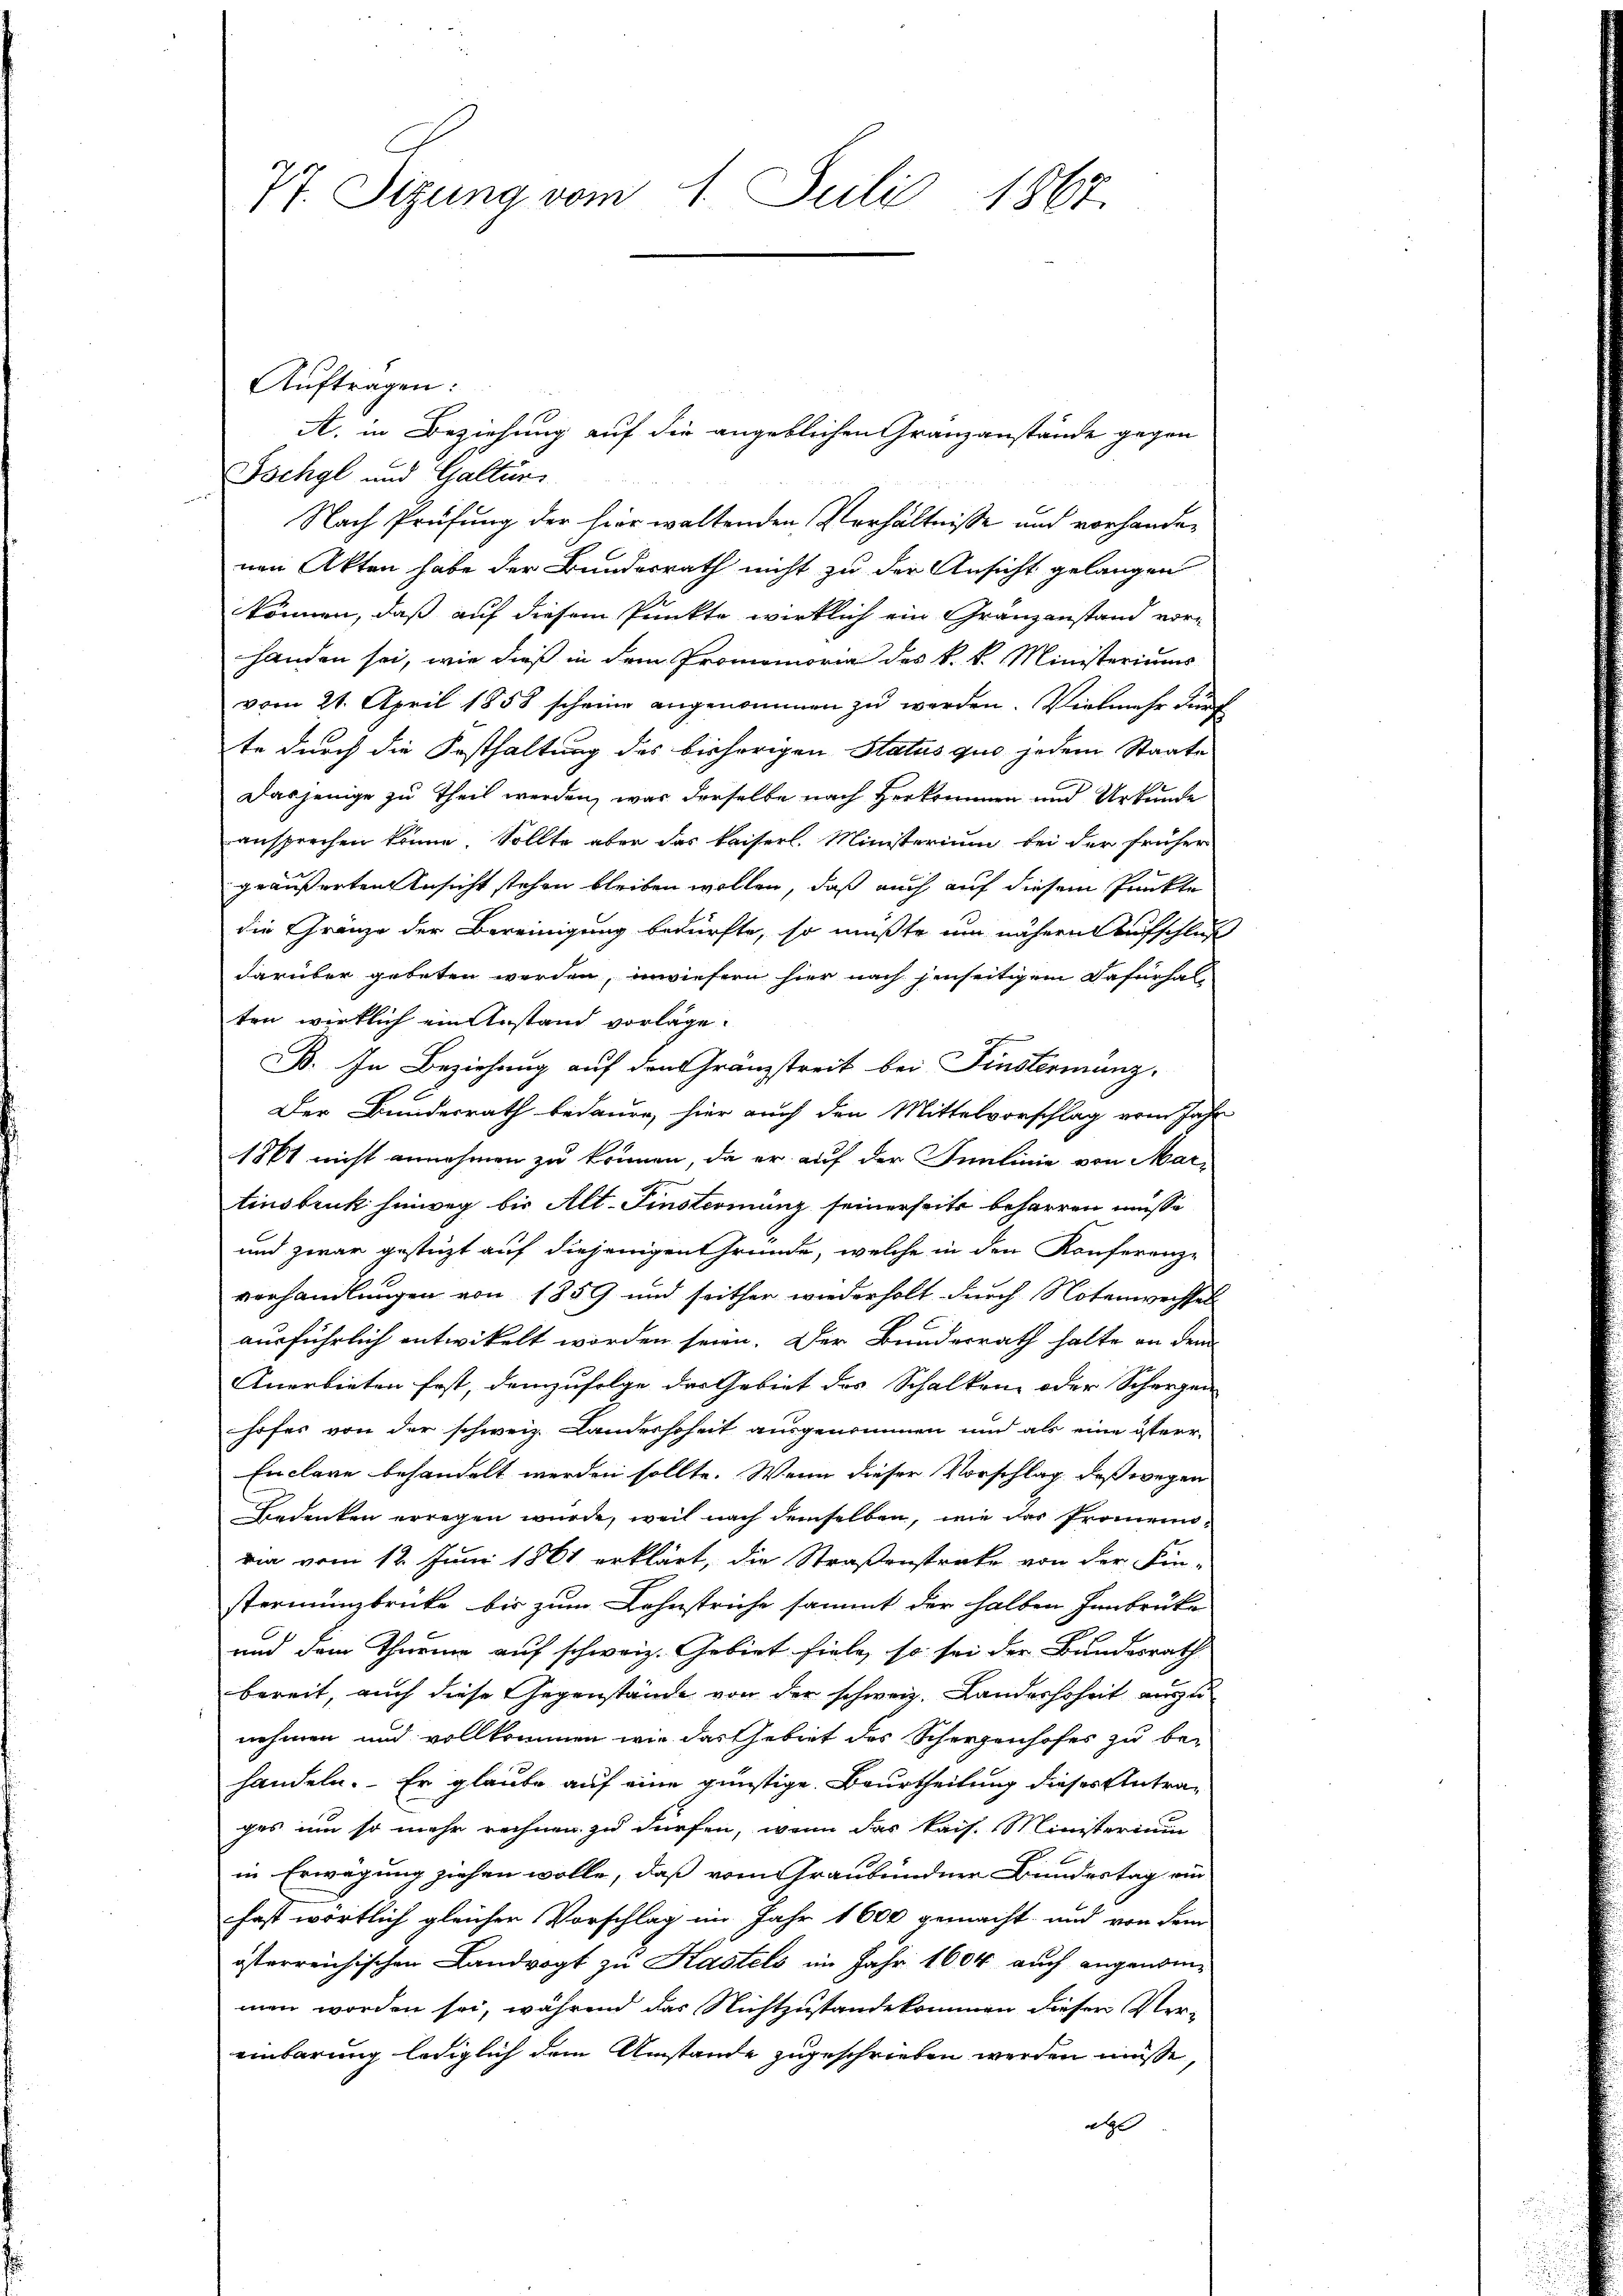
Tschgl und Galtürs
g
Nach Prüfung der hier waltenden Verhältnisse und vorhandenen Akten habe der Bundesrath nicht zu der Ansicht gelangen
können, daß auf diesem Punkte wirklich ein Gränzanstand vor-
handen sei, wie dieß in dem Promemoria des k. k. Ministeriums
vom 21. April 1858 scheine angenommen zu werden. Vielmehr durch
te durch die Festhaltung des bisherigen Status quo jedem Staate
Dasjenige zu Theil werden, war derselbe nach Herkommen und Urkunde
ansprechen könne. Sollte aber das kaiserl. Ministerium bei der früher
geäußerten Ansicht stehen bleiben wollen, daß auch auf diesem Punkte
die Gränze der Bereinigung bedürfte, so müßte um nähern aufschlag
darüber gebeten werden, inwiefern hier nach jenseitigem Dafürhalten wirklich ein Anstand vorlage.
B. In Beziehung auf den Gränzstreit bei Finstermanz-
Der Bundesrath bedauen, hier auch den Mittelvorschlag vom Jahr
1861 nicht annehmen zu können, da er auf der Smmlinie von Mar-
tinsbruk hinweg bis Alt-Finsterianz seinerseits beharren müsse
und zwar gestüzt auf diejenigen Gründe, welche in den Konferenze
vorhandlungen von 1859 und seither wiederholt durch Notenwechsel
ausführlich entwickelt worden seien. Der Bunderrath halte an dem
Anerbieten fest, demzufolge das Gebiet des Schalken oder Schergen
hofes von der schweiz. Landerhoheit ausgenommen und als eine österr
Enclare behandelt werden sollte. Wenn dieser Vorschlag, daß wegen
Bedenken erregen wurde, weil nach demselben, wie das Promemoria vom 12. Juni 1861 erklärt, die Straßenstrake von der Fin-
stermingbrücke bis zum Lohnstriche sammt der halben Innbrücke
und dem Thurme auf schweiz. Gebiet fiele, so sei der Bundesrath
bereit, auch diese Gegenstände von der schweiz. Landerhoheit auszu
nehmen und vollkommen wie das Gebiet des Scherzenhofes zu be-
handeln. Er glaube auf eine günstige Beurtheilung dieses Antrages um so mehr rechnen zu dürfen, wenn das kais. Ministerium
in Erwägung ziehen wolle, daß vom Graubündner Bundestag ein
fast wörtlich gleicher Vorschlag im Jahr 1600 gemacht und von dem
österreichischen Landvogt zu Kastets im Jahr 1604 auch angenommen worden sei, während das Nichtzustandekommen diesen Ver-
einbarung lediglich dem Umstände zugeschrieben werden müsse,
als

77. Sizung vom 1. Juli 1867.

Auftragen:

A. in Beziehung auf die angeblichen Granzanstände gegen